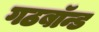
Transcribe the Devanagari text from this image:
गठबॉन्ड